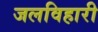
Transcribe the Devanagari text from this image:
जलविहारी